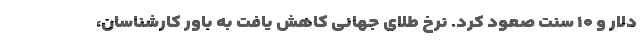
دلار و ۱۰ سنت صعود کرد. نرخ طلای جهانی کاهش یافت به باور کارشناسان،